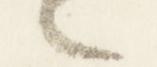
原